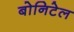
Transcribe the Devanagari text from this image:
बोनिटेल